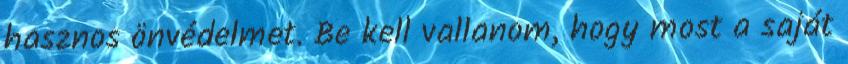
hasznos önvédelmet. Be kell vallanom, hogy most a saját